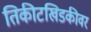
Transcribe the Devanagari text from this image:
तिकीटखिडकीवर